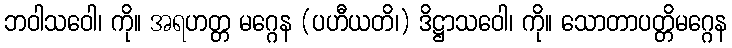
ဘဝါသဝေါ၊ ကို။ အရဟတ္တ မဂ္ဂေန (ပဟီယတိ၊) ဒိဋ္ဌာသဝေါ၊ ကို။ သောတာပတ္တိမဂ္ဂေန